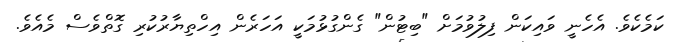
ކަމެކެވެ. އެހެނީ ވައިކަން ފިލުވުމަށް "ބިޓުން" ގެންގުޅުމަކީ އަހަރެން އިހްތިޔާރުކުރި ގޮތްވެސް މެއެވެ.